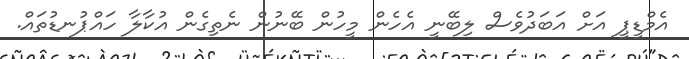
އެމްޑީޕީ އަށް އަބަދުވެސް ލިބޭނީ އެހެން މީހުން ބޭނުން ނެތިގެން އުކާލާ ހައްޕުނޑުތައް.